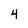
Character: 4